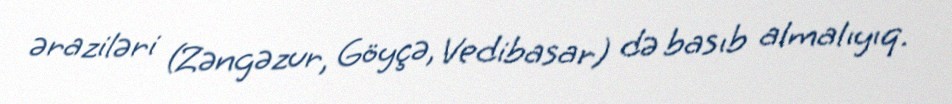
əraziləri (Zəngəzur, Göyçə, Vedibasar) də basıb almalıyıq.